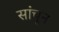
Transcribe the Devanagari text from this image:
सांचून